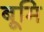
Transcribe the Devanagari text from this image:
बूमि